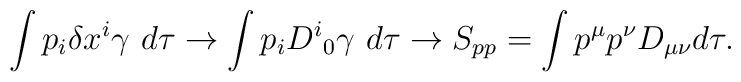
\int p_i \delta x^i \gamma ~d\tau \rightarrow   \int p_i  D^{i}{}_0 \gamma ~d\tau\rightarrow  S_{pp}=\int p^\mu p^\nu D_{\mu \nu} {}d\tau.